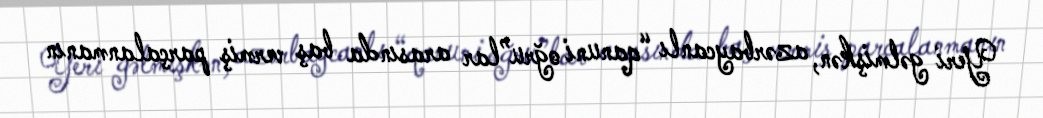
Yeri gəlmişkən, azərbaycanlı “qanuni oğru”lar arasında baş vermiş parçalanmanın